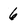
Character: 6